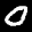
Label: 0